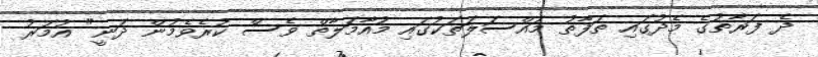
ދެ ފަރާތުގެ މެދުގައި ތަފާތު މައްސަލަތަކުގައި މުއާމަލާތް ވެސް ކުރެވެމުން ދަނީ" އުމަރު